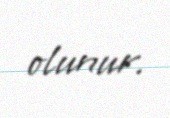
olunur.